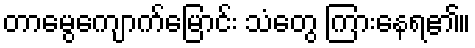
တာမွေကျောက်မြောင်း သံတွေ ကြားနေရ၏။